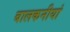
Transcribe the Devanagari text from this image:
बालकनीयां